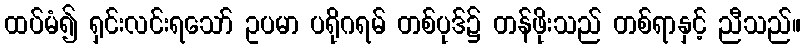
ထပ်မံ၍ ရှင်းလင်းရသော် ဥပမာ ပရိုဂရမ် တစ်ပုဒ်၌ တန်ဖိုးသည် တစ်ရာနှင့် ညီသည်။